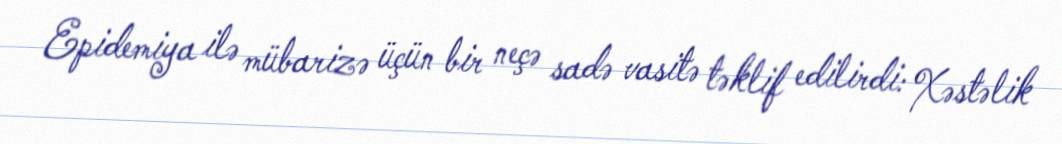
Epidemiya ilə mübarizə üçün bir neçə sadə vasitə təklif edilirdi: Xəstəlik